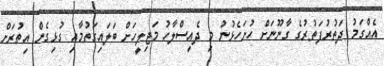
އެއްގަމު ދަތުރުފަތުރުގެ ގާނޫނަށް ހުށަހެޅުނު މި ދެއިސްލާހު މަޖިލީހަށް ބަލައިގަތުމާއި ގުޅިގެން އިތުރަށް